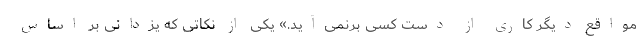
مواقع دیگر کاری از دست کسی برنمی‌آید.» یکی از نکاتی که یزدانی بر اساس